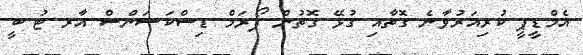
އެމްޑީޕީ ކުރިއަރުވާނެ ގޮތާއި ގުޅޭ ގޮތުން ފޯރަމް ޑިސްކަޝަންސް އާރ ޓު ބީ